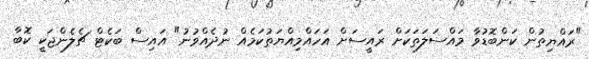
"ރައްޔިތުން ކަންބޮޑުވާ މައްސަލަތަކަށް ރައީސަށް އަހައްމިއްޔަތުކަމެއް ނުދެއްވުނު" އައިސް ބަކެޓް ޗެލެންޖަކީ ކޮބާ